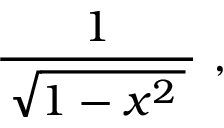
{ \frac { 1 } { \, { \sqrt { 1 - x ^ { 2 } \, } } \, } } ~ ,